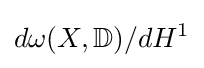
d\omega (X,\mathbb {D} )/dH^{1}